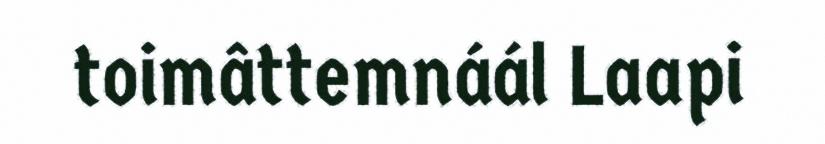
toimâttemnáál Laapi